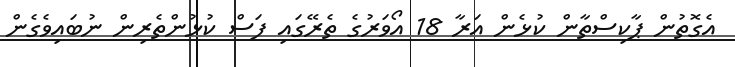
އެގޮތުން ޕާކިސްތާން ކުޅެން އަރާ 18 އޯވަރުގެ ތެރޭގައި ފަސް ކުޅުންތެރިން ނުބައިވެގެން